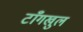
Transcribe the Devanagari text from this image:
टाँगखुल